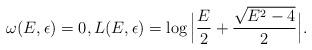
LaTeX: \begin{align*}\omega(E,\epsilon)=0, L(E,\epsilon) =\log \Big|\frac{E}{2}+\frac{\sqrt{E^{2}-4}}{2}\Big|.\end{align*}